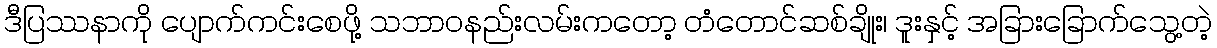
ဒီပြဿနာကို ပျောက်ကင်းစေဖို့ သဘာဝနည်းလမ်းကတော့ တံတောင်ဆစ်ချိုး၊ ဒူးနှင့် အခြားခြောက်သွေ့တဲ့